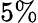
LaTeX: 5\%